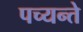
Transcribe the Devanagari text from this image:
पच्यन्ते